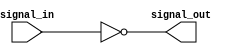
module inverter(
    input wire signal_in,
    output wire signal_out
);

assign signal_out = ~signal_in;

endmodule